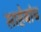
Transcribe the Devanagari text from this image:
साहेबांच